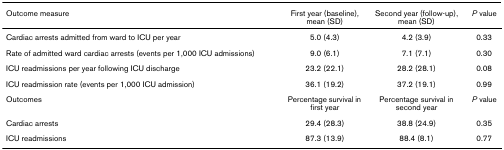
<table><thead><tr><td><b>Outcome measure</b></td><td><b>First year (baseline), mean (SD)</b></td><td><b>Second year (follow-up), mean (SD)</b></td><td><b><i>P </i>value</b></td></tr></thead><tbody><tr><td>Cardiac arrests admitted from ward to ICU per year</td><td>5.0 (4.3)</td><td>4.2 (3.9)</td><td>0.33</td></tr><tr><td>Rate of admitted ward cardiac arrests (events per 1,000 ICU admissions)</td><td>9.0 (6.1)</td><td>7.1 (7.1)</td><td>0.30</td></tr><tr><td>ICU readmissions per year following ICU discharge</td><td>23.2 (22.1)</td><td>28.2 (28.1)</td><td>0.08</td></tr><tr><td>ICU readmission rate (events per 1,000 ICU admission)</td><td>36.1 (19.2)</td><td>37.2 (19.1)</td><td>0.99</td></tr><tr><td>Outcomes</td><td>Percentage survival in first year</td><td>Percentage survival in second year</td><td><i>P </i>value</td></tr><tr><td>Cardiac arrests</td><td>29.4 (28.3)</td><td>38.8 (24.9)</td><td>0.35</td></tr><tr><td>ICU readmissions</td><td>87.3 (13.9)</td><td>88.4 (8.1)</td><td>0.77</td></tr></tbody></table>